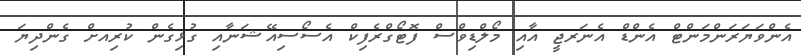
އެންވަޔަރަންމަންޓް އެންޑް އެނަރޖީ އާއި މޯލްޑިވްސް ފޮޓޯގްރެފިކް އެސޯސިއޭޝަނާއި ގުޅިގެން ކުރިއށް ގެންދިޔަ